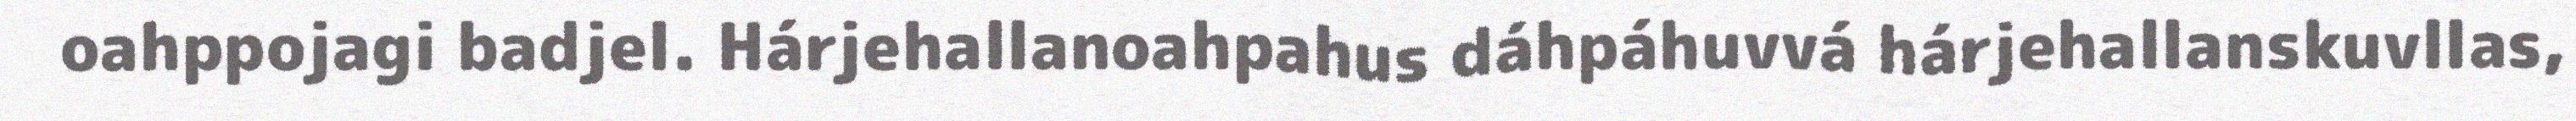
oahppojagi badjel. Hárjehallanoahpahus dáhpáhuvvá hárjehallanskuvllas,